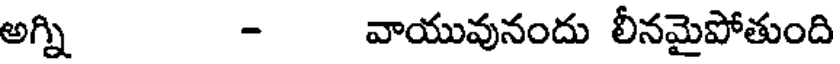
అగ్ని - వాయువునందు లీనమైపోతుంది